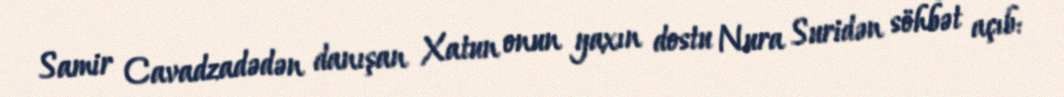
Samir Cavadzadədən danışan Xatun onun yaxın dostu Nura Suridən söhbət açıb: